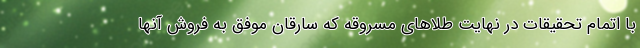
با اتمام تحقیقات در نهایت طلاهای مسروقه که سارقان موفق به فروش آنها